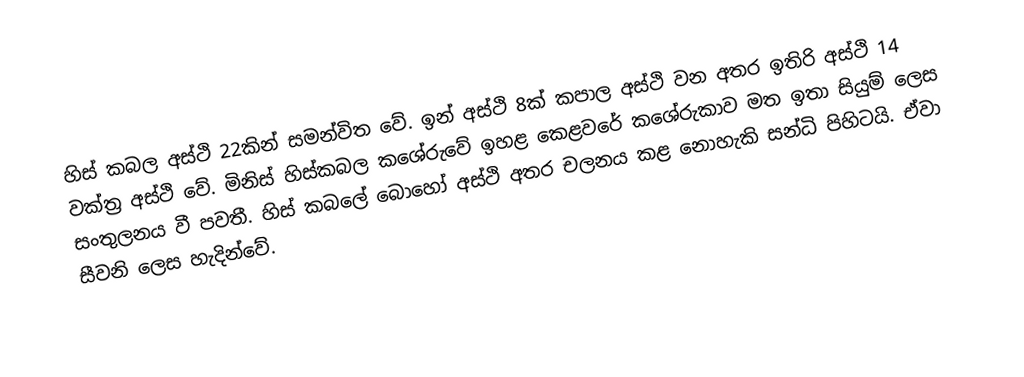
හිස් කබල අස්ථි 22කින් සමන්විත වේ. ඉන් අස්ථි 8ක් කපාල අස්ථි වන අතර ඉතිරි අස්ථි 14 වක්ත්‍ර අස්ථි වේ. මිනිස් හිස්කබල කශේරුවේ ඉහළ කෙළවරේ කශේරුකාව මත ඉතා සියුම් ලෙස සංතුලනය වී පවතී. හිස් කබලේ බොහෝ අස්ථි අතර චලනය කළ නොහැකි සන්ධි පිහිටයි. ඒවා සීවනි ලෙස හැදින්වේ.